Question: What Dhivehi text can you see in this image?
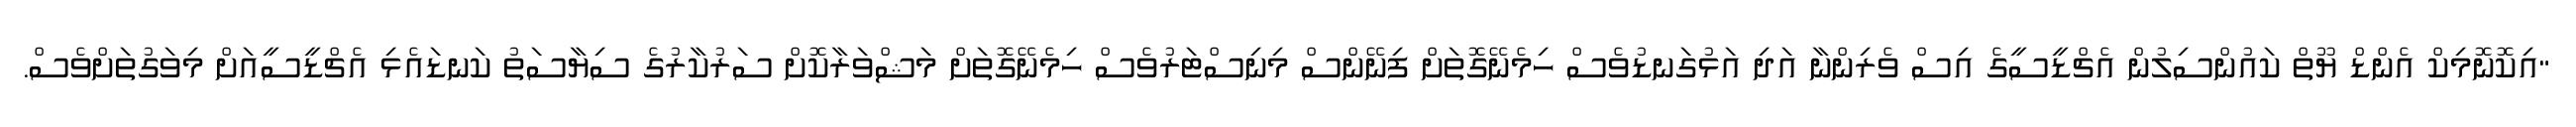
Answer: "އިކޮނޮމިކް އެންޑް ޔޫތް ކައުންސިލުން އެޗްޑީސީގެ އިސް ވެރިންނާ އަދި އަޅުގަނޑުވެސް ހިމެނޭގޮތަށް ފިނޭންސް މިނިސްޓަރުވެސް ހިމެނޭގޮތަށް މަޝްވަރާކޮށް ސަރުކާރުގެ ސިޔާސަތު ކަނޑައެޅި އެޗްޑީސީއަށް މިވަގުތަށްވެސް.